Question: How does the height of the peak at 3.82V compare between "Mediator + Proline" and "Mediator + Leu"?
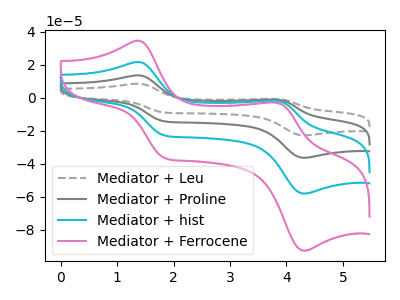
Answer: <think>The gray dashed curve "Mediator + Leu" has anodic peaks at (1.35V, 64.85uA) (3.80V, -5.60uA) and cathodic peaks at (1.85V, -68.40uA) (4.30V, -173.95uA). The gray curve "Mediator + Proline" has anodic peaks at (1.35V, 43.25uA) (3.80V, -3.70uA) and cathodic peaks at (1.85V, -45.60uA) (4.30V, -115.95uA). The cyan curve "Mediator + hist" has anodic peaks at (1.35V, 21.60uA) (3.80V, -1.85uA) and cathodic peaks at (1.85V, -22.80uA) (4.30V, -58.00uA). The pink curve "Mediator + Ferrocene" has anodic peaks at (1.35V, 34.50uA) (3.80V, -2.95uA) and cathodic peaks at (1.85V, -36.40uA) (4.30V, -92.50uA).</think>
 <answer>The peak at 3.82V is higher in "Mediator + Proline" than in "Mediator + Leu".</answer>
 <eval>higher</eval>